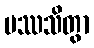
ပဿသိတွာ